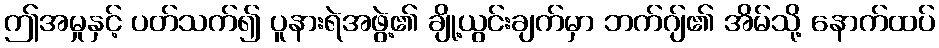
ဤအမှုနှင့် ပတ်သက်၍ ပူနားရဲအဖွဲ့၏ ချို့ယွင်းချက်မှာ ဘက်ဂျ်၏ အိမ်သို့ နောက်ထပ်